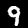
Label: 9